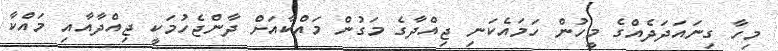
މިހާ ގިނައަދަދެއްގެ މީހުން ހަމައެކަނި ޖިއްދާގެ މަގުން މައްކާއަށް ދާންޖެހުމަކީ ޖިއްދާއާއި މައްކާ